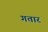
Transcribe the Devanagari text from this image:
गतार